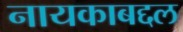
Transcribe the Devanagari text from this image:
नायकाबद्दल